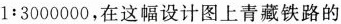
1:3000000，在这幅设计图上青藏铁路的